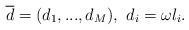
LaTeX: \begin{align*}\overline{d}=(d_{1},...,d_{M}),\, \,d_{i}=\omega l_{i}. \end{align*}